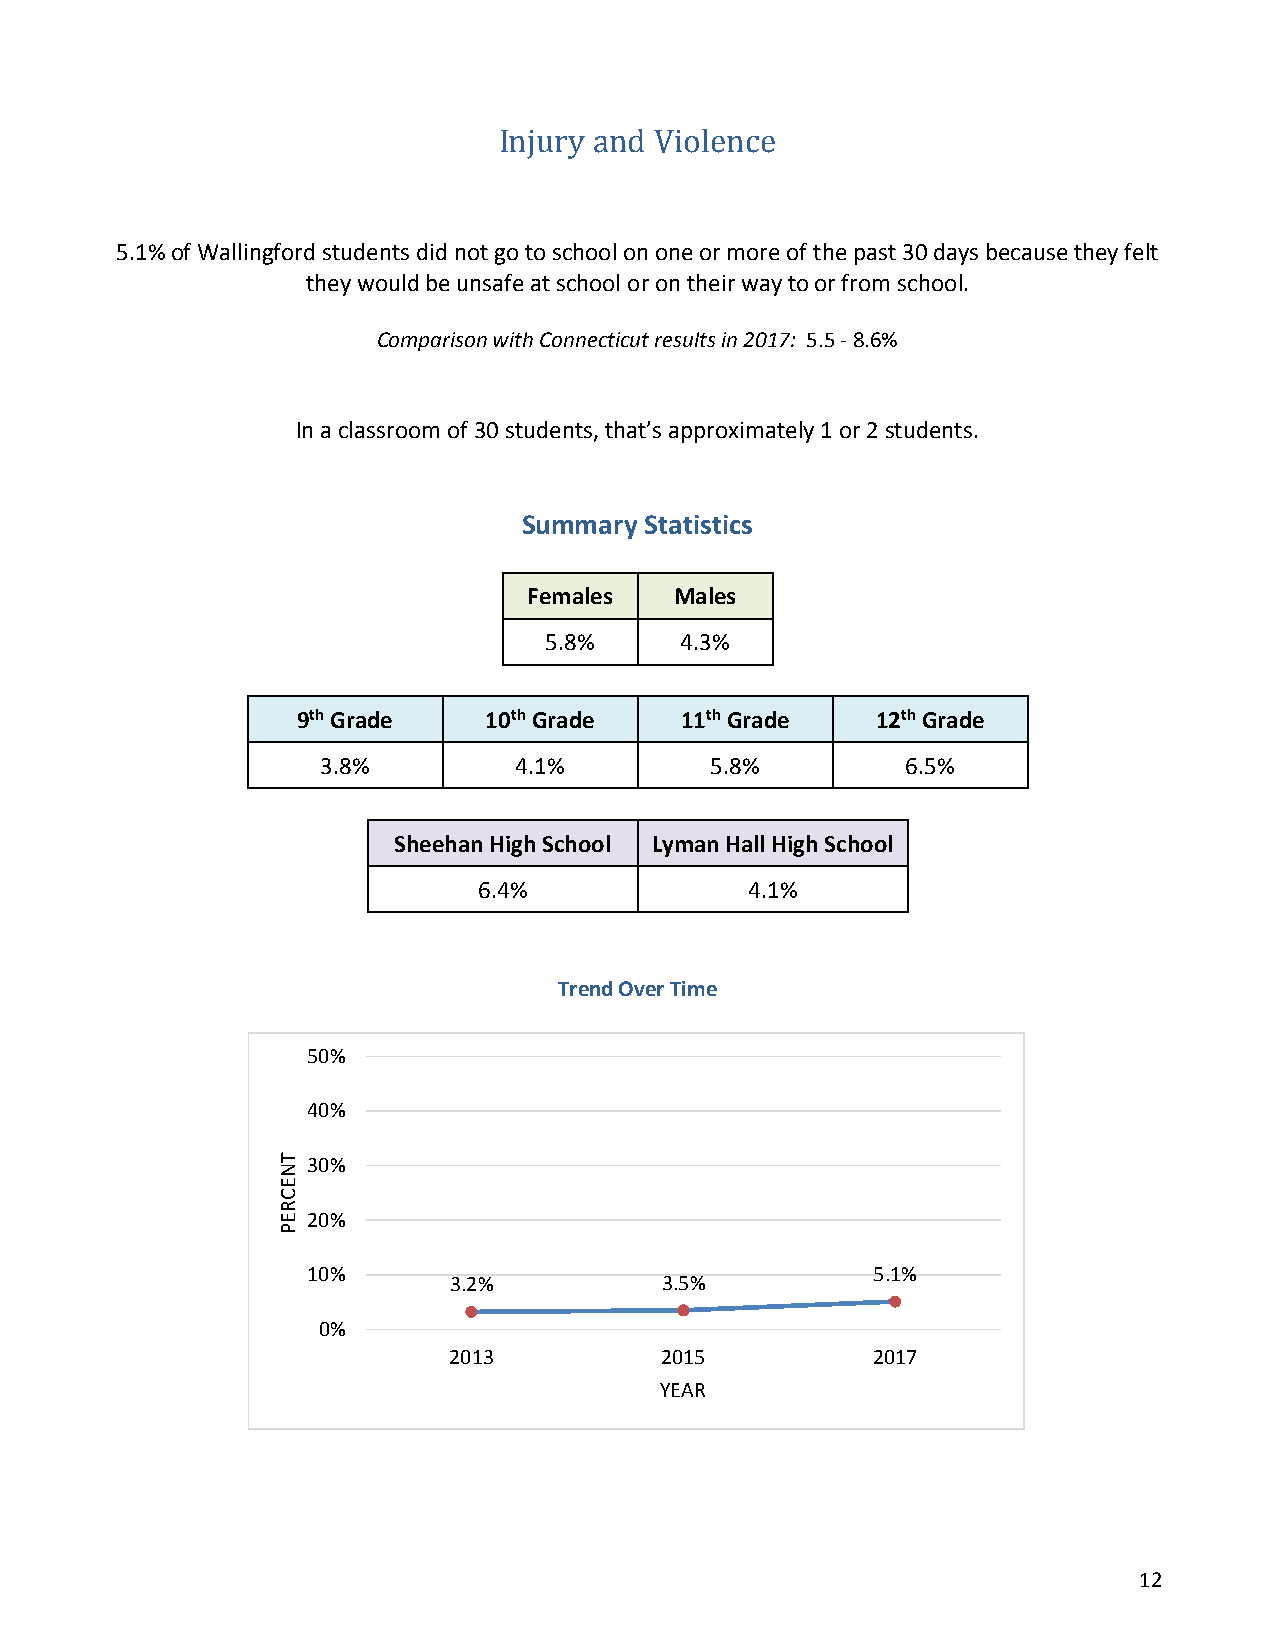
Injury and Violence
 5.1% of Wallingford students did not go to school on one or more of the past 30 days because they felt
 they would be unsafe at school or on their way to or from school.
 Comparison with Connecticut results in 2017: 5.5 - 8.6%
 In a classroom of 30 students, that’s approximately 1 or 2 students.
 Summary Statistics
 Females   Males
 5.8%     4.3%
 9th Grade   10th Grade   11th Grade   12th Grade
 3.8%         4.1%         5.8%         6.5%
 Sheehan High School Lyman Hall High School
 6.4%              4.1%
 Trend Over Time
 50%
 40%
 30%
 20%
 10%                                   5.1%
 3.2%          3.5%
 0%
 2013          2015          2017
 YEAR
 12
 TNECREP